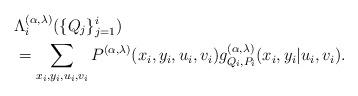
LaTeX: \begin{align*} & \Lambda_{i}^{(\alpha,\lambda)}(\{Q_{j}\}_{j=1}^{i}) \\ & =\sum_{x_{i},y_{i},u_{i},v_{i}}P^{(\alpha,\lambda)}(x_{i},y_{i},u_{i},v_{i})g_{Q_{i},P_{i}}^{(\alpha,\lambda)}(x_{i},y_{i}|u_{i},v_{i}).\end{align*}